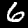
Label: 6